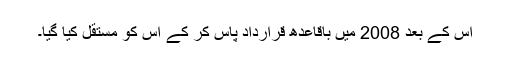
اس کے بعد 2008 میں باقاعدھ قرارداد پاس کر کے اس کو مستقل کیا گیا۔